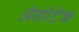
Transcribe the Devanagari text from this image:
अॅग्रोटेक